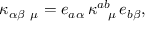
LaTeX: \kappa _ { \alpha \beta \ \mu } = e _ { a \alpha } \, \kappa _ { \ \ \mu } ^ { a b } \, e _ { b \beta } ,